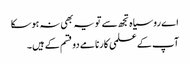
اے روسیاہ تجھ سے تو یہ بھی نہ ہوسکا
آپ کے علمی کارنامے دو قسم کے ہیں۔